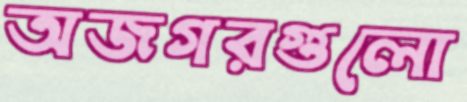
অজগরগুলো